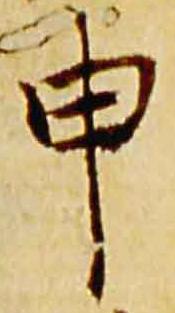
申